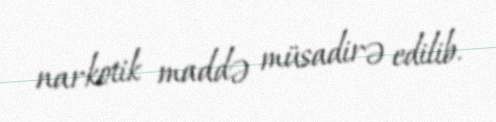
narkotik maddə müsadirə edilib.